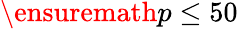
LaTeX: \ensuremath{p}\le 50